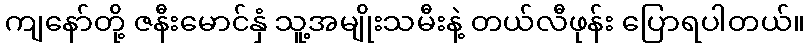
ကျနော်တို့ ဇနီးမောင်နှံ သူ့အမျိုးသမီးနဲ့ တယ်လီဖုန်း ပြောရပါတယ်။